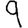
Digit: 9